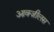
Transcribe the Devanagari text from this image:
आक्ज़ीलस